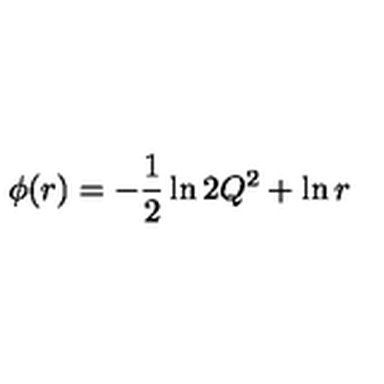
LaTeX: \phi ( r ) = - \frac { 1 } { 2 } \ln 2 Q ^ { 2 } + \ln r